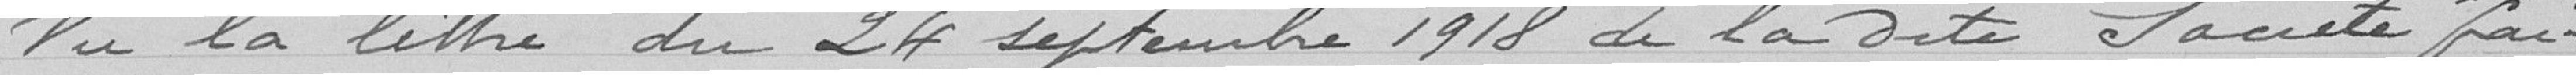
Vu la lettre du 24 septembre 1918 de la dite Société fai-